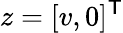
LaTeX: z=[v,0]^{\textsf{T}}